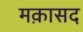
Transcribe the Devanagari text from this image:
मक़ासद